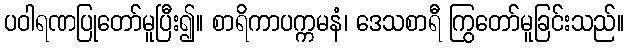
ပဝါရဏပြုတော်မူပြီး၍။ စာရိကာပက္ကမနံ၊ ဒေသစာရီ ကြွတော်မူခြင်းသည်။